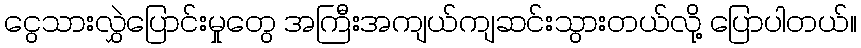
ငွေသားလွှဲပြောင်းမှုတွေ အကြီးအကျယ်ကျဆင်းသွားတယ်လို့ ပြောပါတယ်။